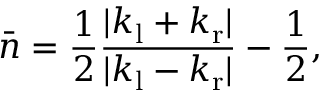
\bar { n } = \frac { 1 } { 2 } \frac { | k _ { \mathrm { l } } + k _ { \mathrm { r } } | } { | k _ { \mathrm { l } } - k _ { \mathrm { r } } | } - \frac { 1 } { 2 } ,